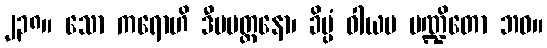
၂၃၈။ သော ကရောဟိ ဒီပမတ္တနော၊ ခိပ္ပံ ဝါယမ ပဏ္ဍိတော ဘဝ။